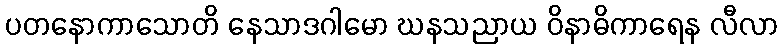
ပတနောကာသောတိ နေသာဒဂါမော ဃနသညာယ ဝိနာဓိကာရေန လီလာ